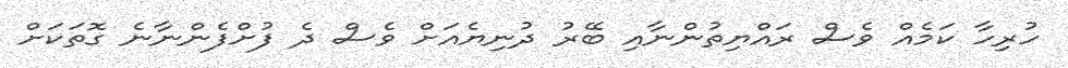
ހުރިހާ ކަމެއް ވެސް ރައްޔިތުންނާއި ބޭރު ދުނިޔެއަށް ވެސް ދެ ފުށްފެންނާނެ ގޮތަކަށް